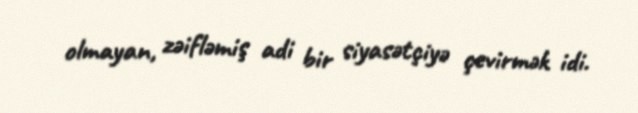
olmayan, zəifləmiş adi bir siyasətçiyə çevirmək idi.